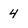
Character: 4